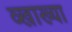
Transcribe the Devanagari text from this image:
व्खाख्या